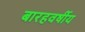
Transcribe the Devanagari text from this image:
बारहवर्षीय